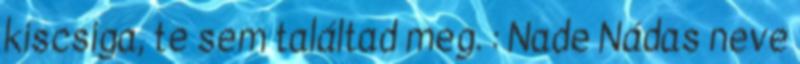
kiscsiga, te sem találtad meg. : Nade Nádas neve